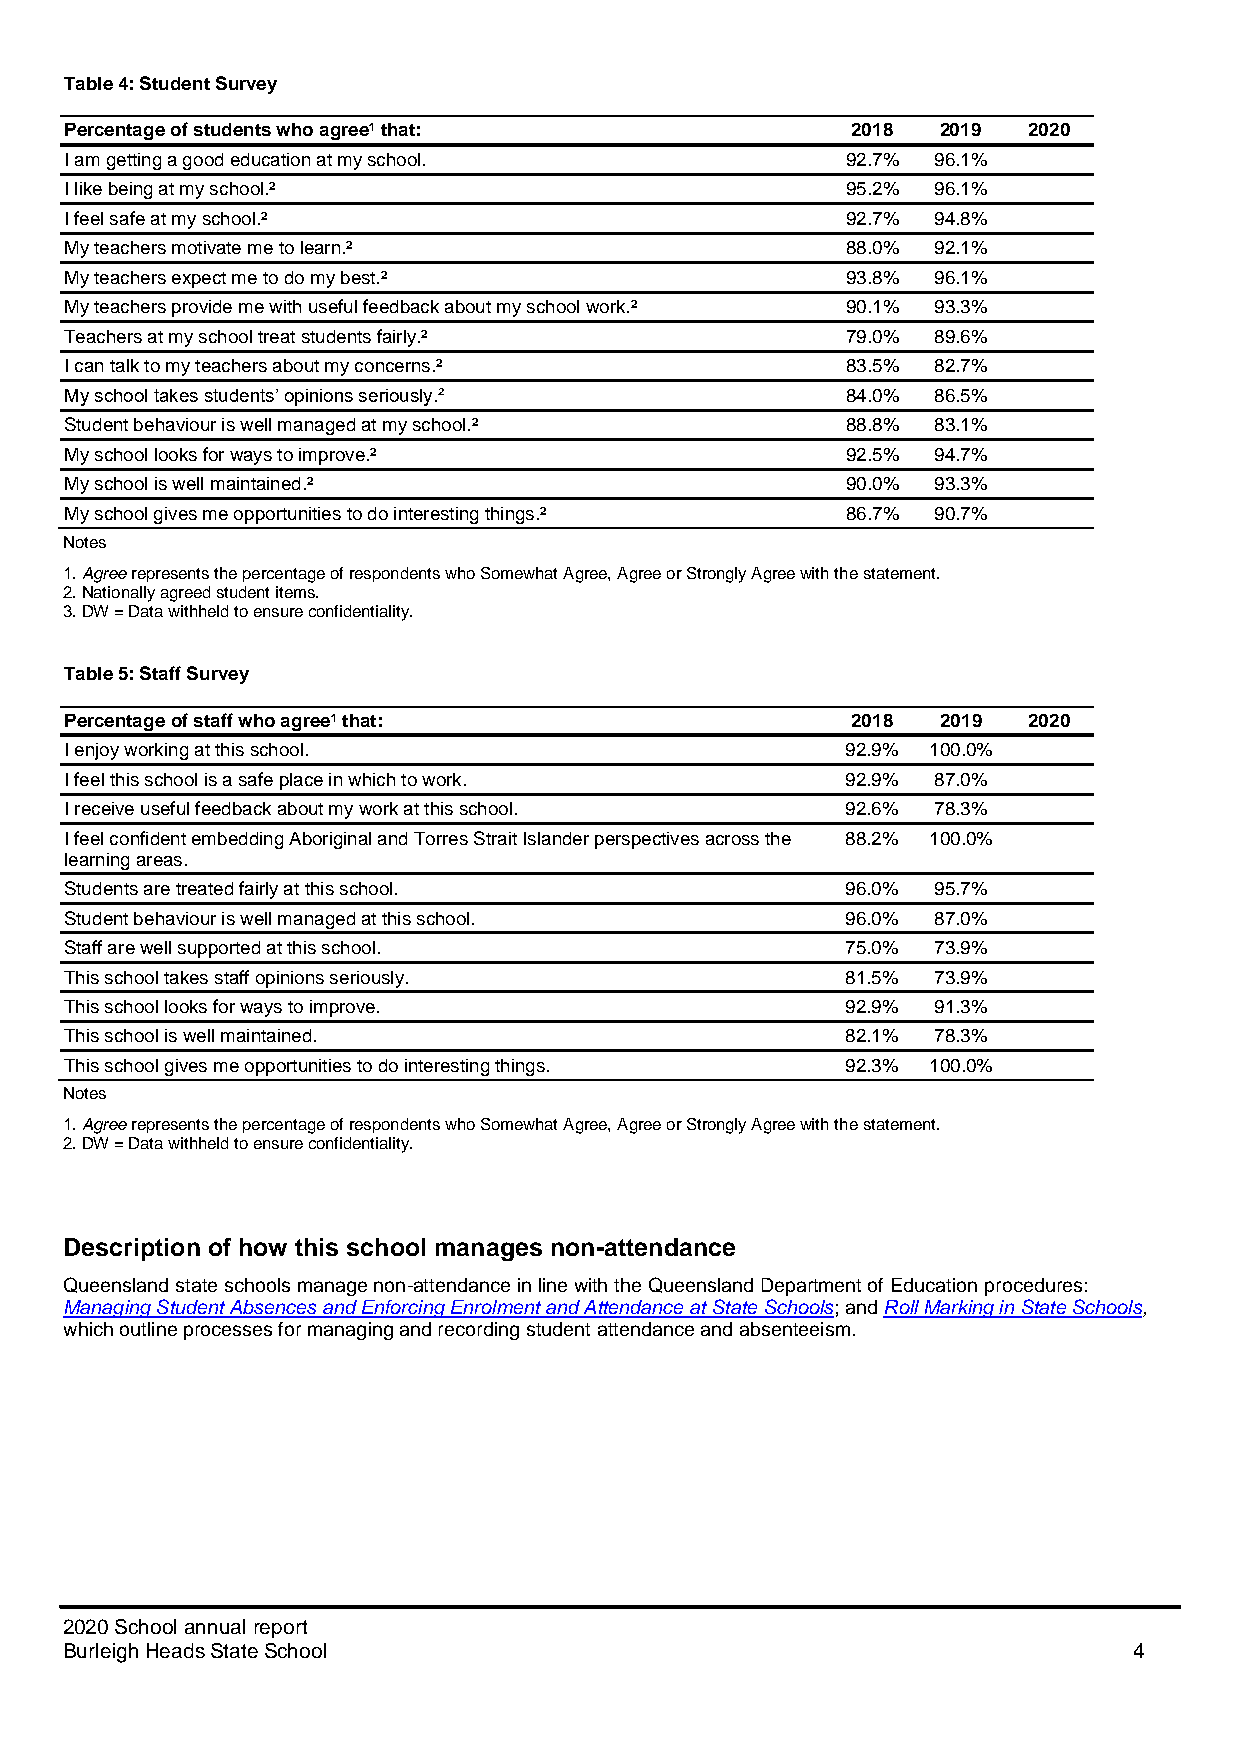
Table 4: Student Survey
 Percentage of students who agree¹ that:             2018  2019  2020
 I am getting a good education at my school.         92.7% 96.1%
 I like being at my school.²                         95.2% 96.1%
 I feel safe at my school.²                          92.7% 94.8%
 My teachers motivate me to learn.²                  88.0% 92.1%
 My teachers expect me to do my best.²               93.8% 96.1%
 My teachers provide me with useful feedback about my school work.² 90.1% 93.3%
 Teachers at my school treat students fairly.²       79.0% 89.6%
 I can talk to my teachers about my concerns.²       83.5% 82.7%
 My school takes students’ opinions seriously.²      84.0% 86.5%
 Student behaviour is well managed at my school.²    88.8% 83.1%
 My school looks for ways to improve.²               92.5% 94.7%
 My school is well maintained.²                      90.0% 93.3%
 My school gives me opportunities to do interesting things.² 86.7% 90.7%
 Notes
 1. Agree represents the percentage of respondents who Somewhat Agree, Agree or Strongly Agree with the statement.
 2. Nationally agreed student items.
 3. DW = Data withheld to ensure confidentiality.
 Table 5: Staff Survey
 Percentage of staff who agree¹ that:                2018  2019  2020
 I enjoy working at this school.                     92.9% 100.0%
 I feel this school is a safe place in which to work. 92.9% 87.0%
 I receive useful feedback about my work at this school. 92.6% 78.3%
 I feel confident embedding Aboriginal and Torres Strait Islander perspectives across the 88.2% 100.0%
 learning areas.
 Students are treated fairly at this school.         96.0% 95.7%
 Student behaviour is well managed at this school.   96.0% 87.0%
 Staff are well supported at this school.            75.0% 73.9%
 This school takes staff opinions seriously.         81.5% 73.9%
 This school looks for ways to improve.              92.9% 91.3%
 This school is well maintained.                     82.1% 78.3%
 This school gives me opportunities to do interesting things. 92.3% 100.0%
 Notes
 1. Agree represents the percentage of respondents who Somewhat Agree, Agree or Strongly Agree with the statement.
 2. DW = Data withheld to ensure confidentiality.
 Description of how this school manages non-attendance
 Queensland state schools manage non-attendance in line with the Queensland Department of Education procedures:
 Managing Student Absences and Enforcing Enrolment and Attendance at State Schools; and Roll Marking in State Schools,
 which outline processes for managing and recording student attendance and absenteeism.
 2020 School annual report
 Burleigh Heads State School                                            4